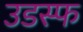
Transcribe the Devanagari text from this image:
उडस्फ